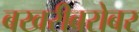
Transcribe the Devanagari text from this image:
बखरीबरोबर